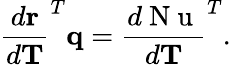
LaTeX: \frac{d\mathbf{r}}{d\mathbf{T}}^{T}\mathbf{q}=\frac{d\mathrm{~N~u~}}{d\mathbf{T}}^{T}.